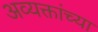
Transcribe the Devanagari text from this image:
अव्यक्तांच्या